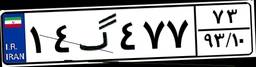
۱۴گ۴۷۷۷۳